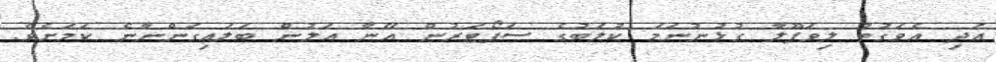
އަދި އެވަގުތު ލިވަޕޫލާ ގުޅުނުނަމަ ކުލަބުގެ ސަޕޯޓަރުން އޭނާ އަލުން ބަލައިގަންނާނެ ކަމަށެވެ.